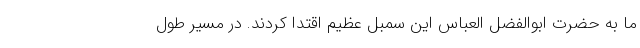
ما به حضرت ابوالفضل العباس این سمبل عظیم اقتدا کردند. در مسیر طول